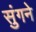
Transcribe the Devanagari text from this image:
सुंगने